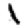
Digit: 1